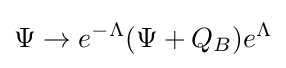
\Psi \to e^{-\Lambda }(\Psi +Q_{B})e^{\Lambda }